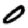
Digit: 0